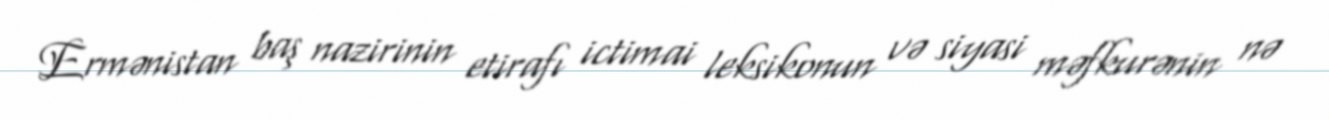
Ermənistan baş nazirinin etirafı ictimai leksikonun və siyasi məfkurənin nə